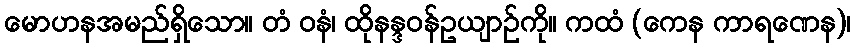
မောဟနအမည်ရှိသော။ တံ ဝနံ၊ ထိုနန္ဒဝန်ဥယျာဉ်ကို။ ကထံ (ကေန ကာရဏေန)၊